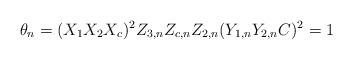
LaTeX: \begin{align*}\theta_n = (X_{1} X_{2} X_{c})^{2} Z_{3,n} Z_{c,n} Z_{2,n} (Y_{1,n} Y_{2,n} C)^{2} &= 1 \end{align*}